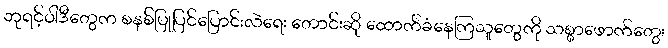
ဘုရင့်ဝါဒီတွေက စနစ်ပြုပြင်ပြောင်းလဲရေး တောင်းဆို ထောက်ခံနေကြသူတွေကို သစ္စာဖောက်တွေ၊